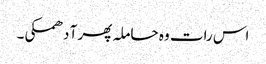
اس رات وہ حاملہ پھر آ دھمکی۔